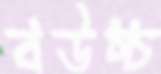
বউচ্চ